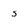
Character: s